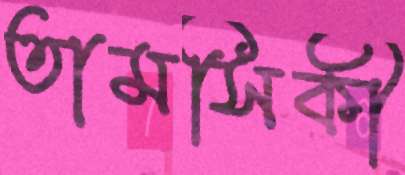
তামসিকী